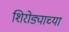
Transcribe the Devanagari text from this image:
शिरोड्याच्या